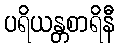
ပရိယန္တစာရိနီ